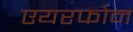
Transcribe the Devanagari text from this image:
एयरफोन